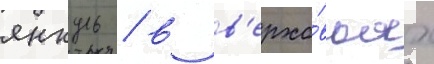
янкуль / в в'ерхо́вьях